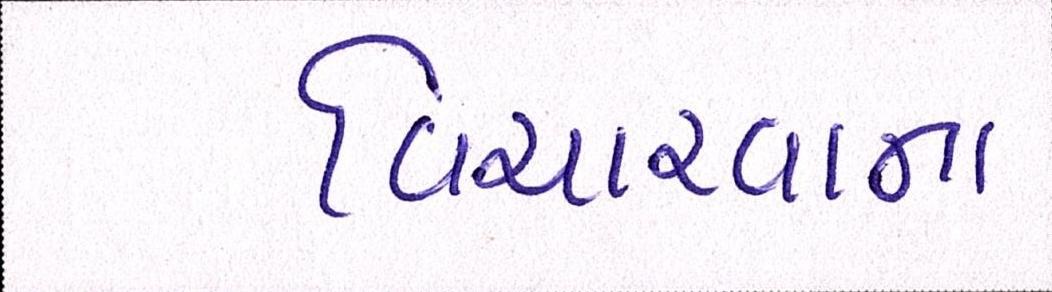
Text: વિચારવાના